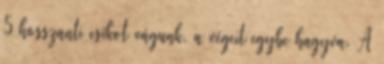
5 hosszanti csíkot vágunk, a végeit egybe hagyva. A